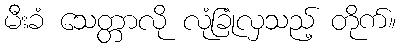
မီးခံ သေတ္တာလို လုံခြုံလှသည့် တိုက်။